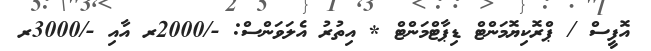
އޮފީސް / ޕްރޮކިޔޮމަންޓް ޑިޕާޓްމަންޓް * އިތުރު އެލަވަންސް: -/2000ރ އާއި -/3000ރ